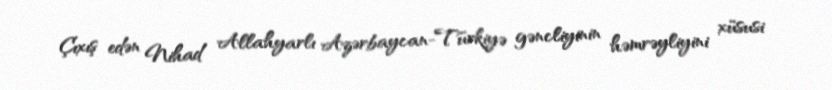
Çıxış edən Nihad Allahyarlı Azərbaycan-Türkiyə gəncliyinin həmrəyliyini xüsusi